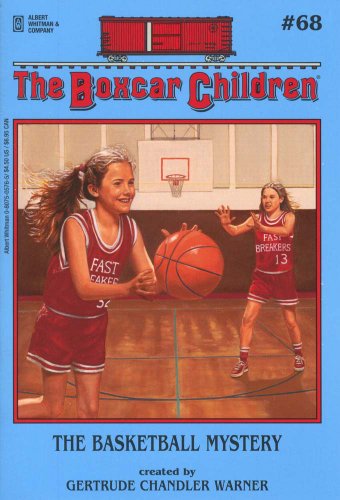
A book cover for The Basketball Mystery (The Boxcar Children Mysteries #68); Gertrude Chandler Warner; Children's Books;